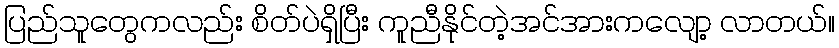
ပြည်သူတွေကလည်း စိတ်ပဲရှိပြီး ကူညီနိုင်တဲ့အင်အားကလျော့ လာတယ်။